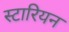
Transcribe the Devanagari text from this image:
स्टारियन